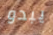
يبدو